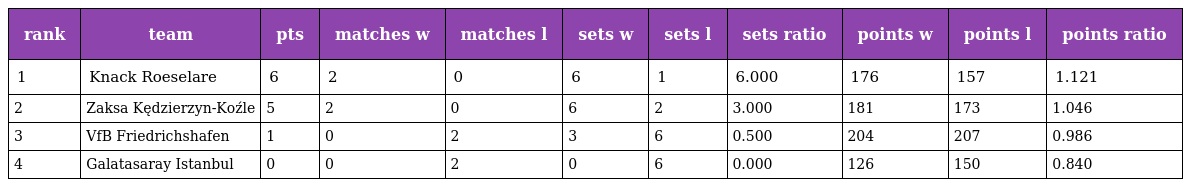
| rank | team | pts | matches w | matches l | sets w | sets l | sets ratio | points w | points l | points ratio |
 | --- | --- | --- | --- | --- | --- | --- | --- | --- | --- | --- |
 | 1 | Knack Roeselare | 6 | 2 | 0 | 6 | 1 | 6.000 | 176 | 157 | 1.121 |
 | 2 | Zaksa Kędzierzyn-Koźle | 5 | 2 | 0 | 6 | 2 | 3.000 | 181 | 173 | 1.046 |
 | 3 | VfB Friedrichshafen | 1 | 0 | 2 | 3 | 6 | 0.500 | 204 | 207 | 0.986 |
 | 4 | Galatasaray Istanbul | 0 | 0 | 2 | 0 | 6 | 0.000 | 126 | 150 | 0.840 |